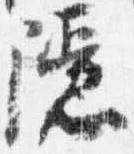
隠